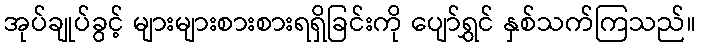
အုပ်ချုပ်ခွင့် များများစားစားရရှိခြင်းကို ပျော်ရွှင် နှစ်သက်ကြသည်။